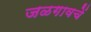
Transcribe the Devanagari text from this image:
जळगावचें